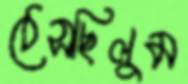
ঠেসছিলুম